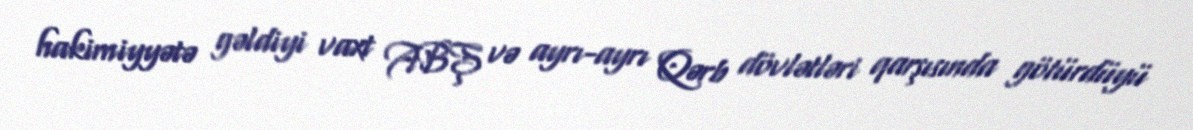
hakimiyyətə gəldiyi vaxt ABŞ və ayrı-ayrı Qərb dövlətləri qarşısında götürdüyü